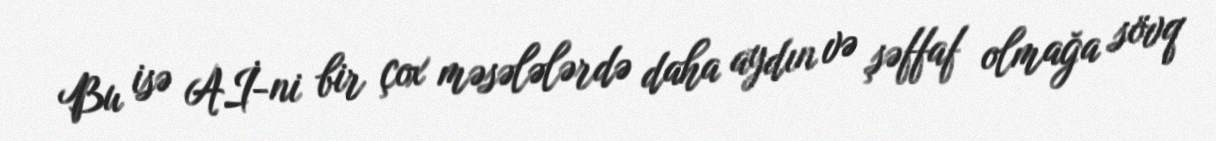
Bu isə Aİ-ni bir çox məsələlərdə daha aydın və şəffaf olmağa sövq